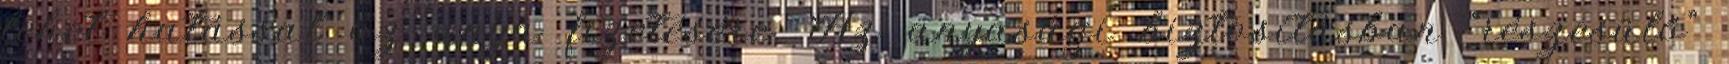
lehet hatással az anya fizetésére. Az anyasági biztosításban “részesülő”